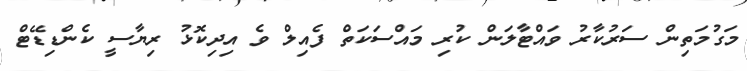
މަގުމަތިން ސަރުކާރު ވައްޓާލަން ކުރި މައްސަކަތް ފެއިލް ވެ އިދިކޮޅު ރިޔާސީ ކެންޑިޑޭޓް